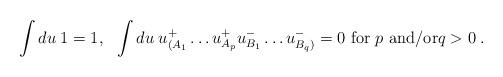
LaTeX: \begin{align*}\int du\; 1 = 1, \ \ \int du\; u^+_{(A_1}\ldots u^+_{A_{p}}u^-_{B_1}\ldots u^-_{B_q)} = 0 \ \mbox{for $p$ and/or$q>0$}\; .\end{align*}